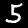
Label: 5